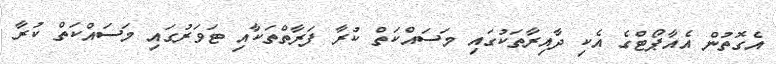
އެގޮތުން އެއާޕޯޓްގެ އެކި ދާއިރާތަކުގައި މަސައްކަތް ކުރާ ފަރާތްތަކާއި ޓަވަރުގައި މަސައްކަތް ކުރާ